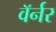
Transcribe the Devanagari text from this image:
वॅर्नर